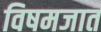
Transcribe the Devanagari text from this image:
विषमजात